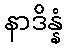
နာဒိန္နံ